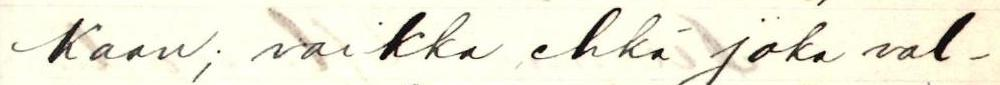
kaan; vaikka ehkä joka val-